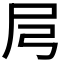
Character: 𡰬